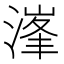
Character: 𣺿